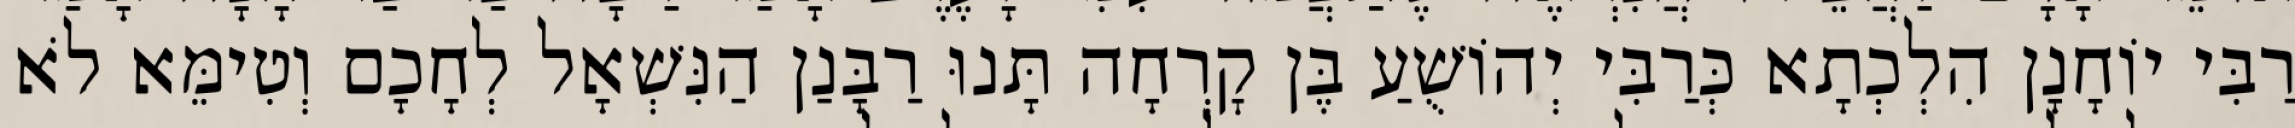
רַבִּי יוֹחָנָן הִלְכְתָא כְּרַבִּי יְהוֹשֻׁעַ בֶּן קׇרְחָה תָּנוּ רַבָּנַן הַנִּשְׁאָל לְחָכָם וְטִימֵּא לֹא